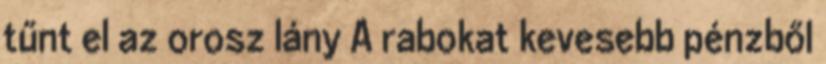
tűnt el az orosz lány A rabokat kevesebb pénzből